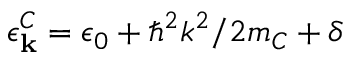
\epsilon _ { \mathbf { k } } ^ { C } = \epsilon _ { 0 } + \hbar ^ { 2 } k ^ { 2 } / 2 m _ { C } + \delta